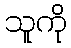
သူကို